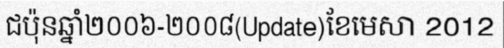
ជប៉ុនឆ្នាំ២០០៦-២០០៨(Update)ខែមេសា 2012